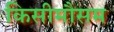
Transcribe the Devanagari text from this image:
किसीमौसम